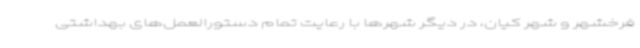
فرخشهر و شهر کیان، در دیگر شهرها با رعایت تمام دستورالعمل‌های بهداشتی